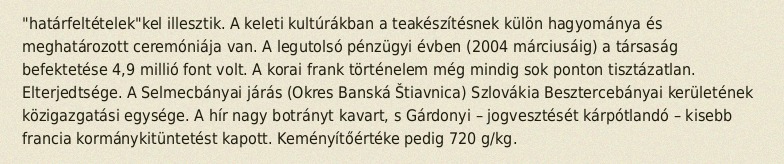
"határfeltételek"kel illesztik. A keleti kultúrákban a teakészítésnek külön hagyománya és meghatározott ceremóniája van. A legutolsó pénzügyi évben (2004 márciusáig) a társaság befektetése 4,9 millió font volt. A korai frank történelem még mindig sok ponton tisztázatlan. Elterjedtsége. A Selmecbányai járás (Okres Banská Štiavnica) Szlovákia Besztercebányai kerületének közigazgatási egysége. A hír nagy botrányt kavart, s Gárdonyi – jogvesztését kárpótlandó – kisebb francia kormánykitüntetést kapott. Keményítőértéke pedig 720 g/kg.